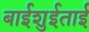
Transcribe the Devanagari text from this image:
बाईशुईताई